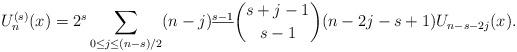
LaTeX: \begin{align*}U_n^{(s)}(x)&=2^{s}\sum_{0\le j \le (n-s)/2}(n-j)^{\underline{s-1}}\binom{s+j-1}{s-1}(n-2j-s+1)U_{n-s-2j}(x).\end{align*}